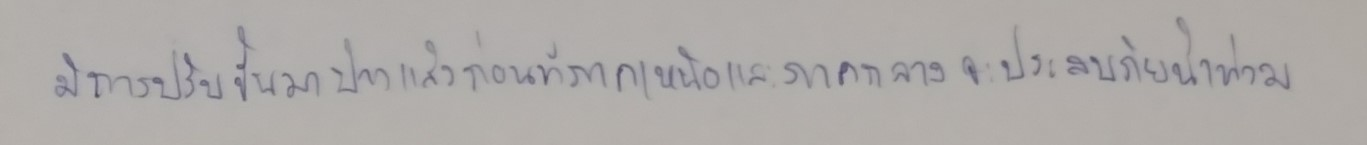
มีการปรับขึ้นมาบ้างแล้วก่อนที่ภาคเหนือและภาคกลางจะประสบภัยน้ำท่วม